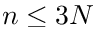
n \leq 3 N